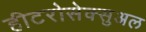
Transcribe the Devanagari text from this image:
हीटरोसेक्सुअल